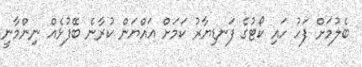
ބެލުމަށް ފަހު ހައި ކޯޓުގެ ފަނޑިޔާރު ކަމަށް އައްޔަން ކުރާނެ ބޭފުޅެއް ނިންމާނީ